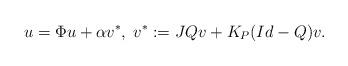
LaTeX: \begin{align*}u= \Phi u + \alpha v^{*}, \; v^{*}:= JQ v + K_{P}(Id-Q)v.\end{align*}